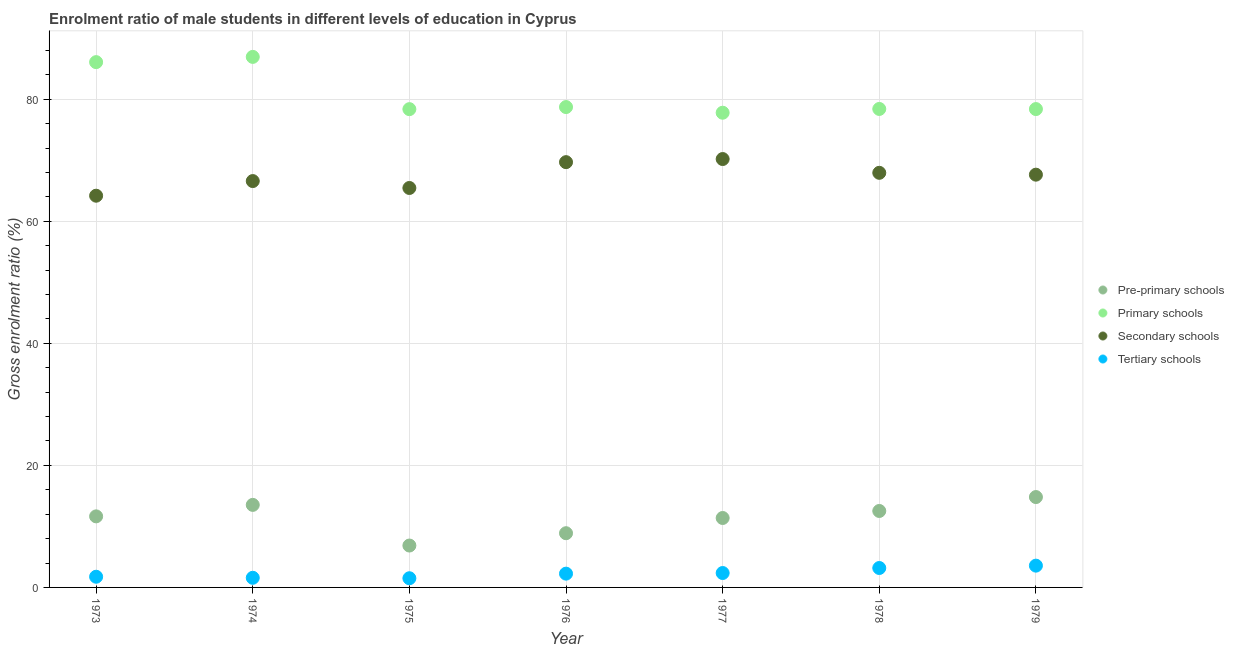
| Year | Pre-primary schools | Primary schools | Secondary schools | Tertiary schools |
 | --- | --- | --- | --- | --- |
 | 1973 | 11.6 | 86.1 | 64.2 | 1.75 |
 | 1974 | 13.5 | 86.9 | 66.6 | 1.58 |
 | 1975 | 6.86 | 78.4 | 65.5 | 1.5 |
 | 1976 | 8.88 | 78.7 | 69.7 | 2.26 |
 | 1977 | 11.4 | 77.8 | 70.2 | 2.36 |
 | 1978 | 12.5 | 78.4 | 67.9 | 3.18 |
 | 1979 | 14.8 | 78.4 | 67.6 | 3.57 |